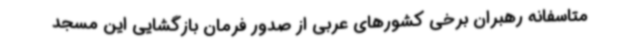
متاسفانه رهبران برخی کشورهای عربی از صدور فرمان بازگشایی این مسجد